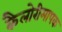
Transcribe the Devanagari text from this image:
कैलोरीमापक